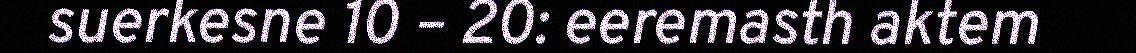
suerkesne 10 – 20: eeremasth aktem